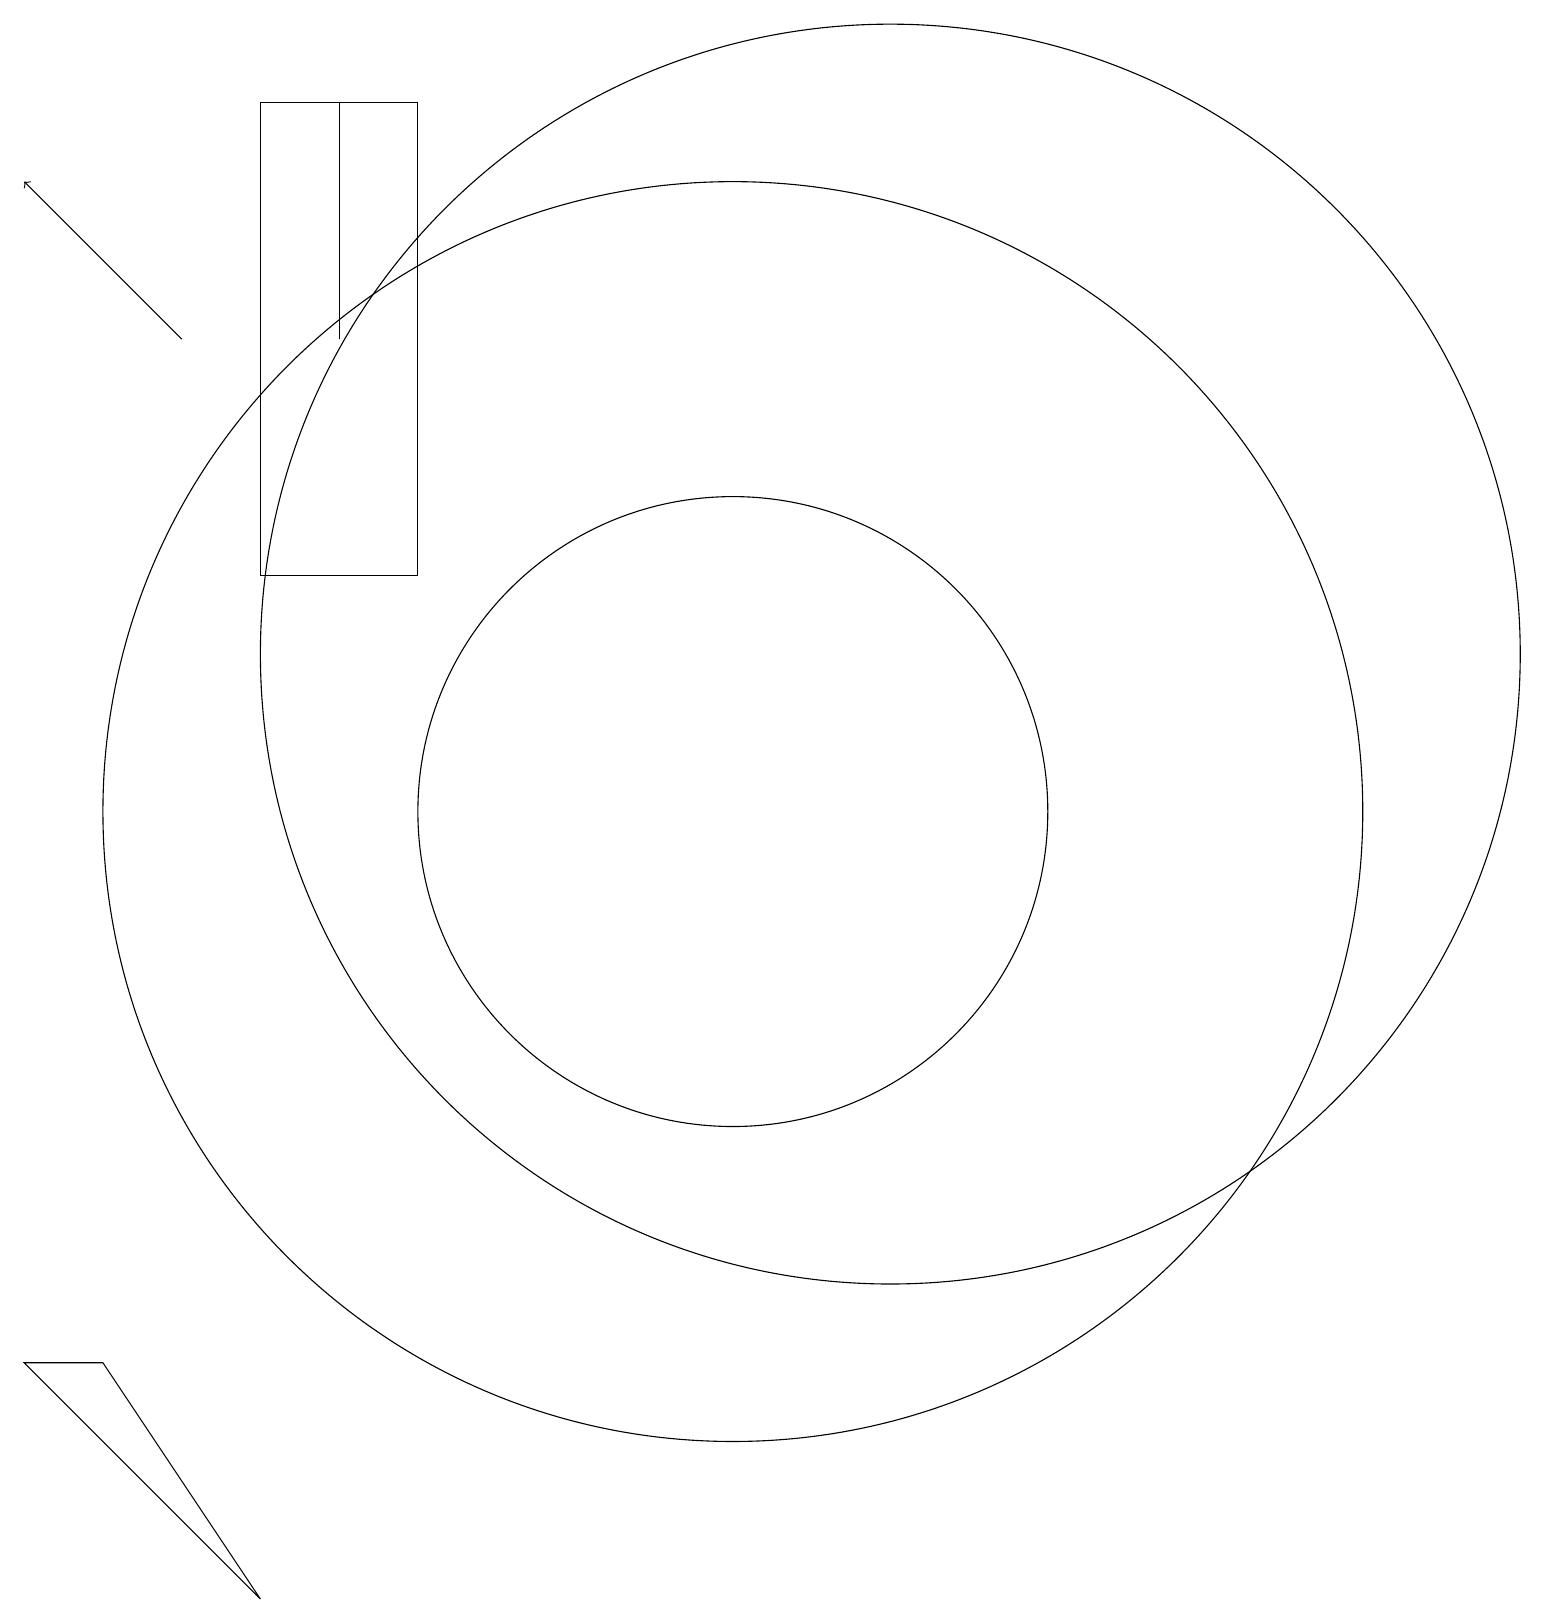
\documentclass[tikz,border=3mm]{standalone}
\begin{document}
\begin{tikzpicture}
\draw (10,10) circle (8);
\draw (5,19) rectangle (5,16);
\draw (6,19) rectangle (4,13);
\draw[->] (3,16) -- (1,18);
\draw (4,0) -- (2,3) -- (1,3) -- cycle;
\draw (10,10) circle (4);
\draw (12,12) circle (8);
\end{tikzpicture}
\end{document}